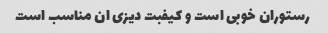
رستوران خوبی است و کیفبت دیزی ان مناسب است